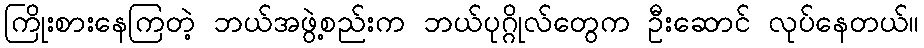
ကြိုးစားနေကြတဲ့ ဘယ်အဖွဲ့စည်းက ဘယ်ပုဂ္ဂိုလ်တွေက ဦးဆောင် လုပ်နေတယ်။